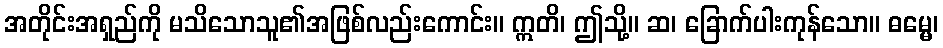
အတိုင်းအရှည်ကို မသိသောသူ၏အဖြစ်လည်းကောင်း။ ဣတိ၊ ဤသို့။ ဆ၊ ခြောက်ပါးကုန်သော။ ဓမ္မေ၊